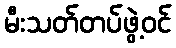
မီးသတ်တပ်ဖွဲ့ဝင်